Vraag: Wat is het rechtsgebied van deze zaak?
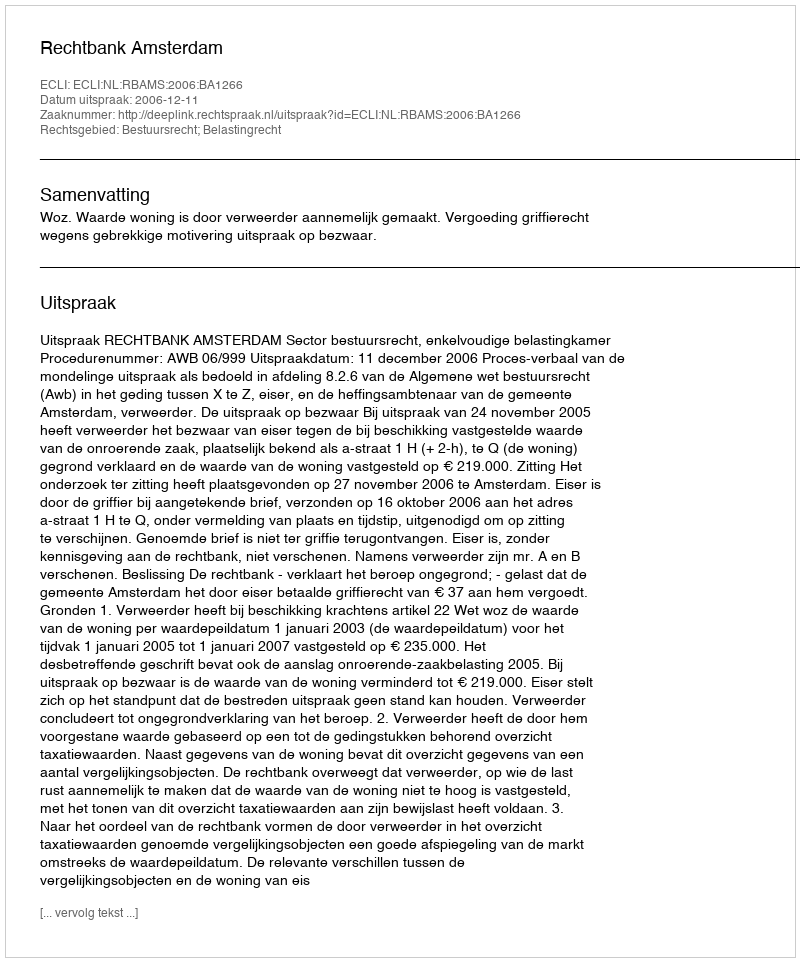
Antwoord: Bestuursrecht; Belastingrecht